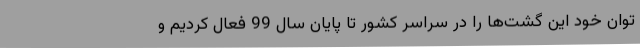
توان خود این گشت‌ها را در سراسر کشور تا پایان سال 99 فعال کردیم و